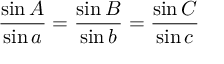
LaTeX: { \frac { \sin A } { \sin a } } = { \frac { \sin B } { \sin b } } = { \frac { \sin C } { \sin c } }